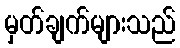
မှတ်ချက်များသည်